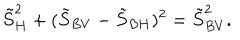
\tilde { S } _ { H } ^ { 2 } + ( \tilde { S } _ { B V } - \tilde { S } _ { B H } ) ^ { 2 } = \tilde { S } _ { B V } ^ { 2 } .